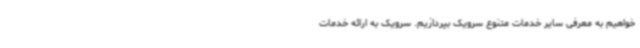
خواهیم به معرفی سایر خدمات متنوع سرویک بپردازیم. سرویک به ارائه خدمات